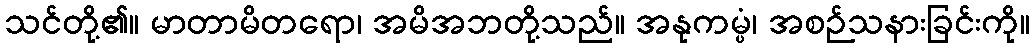
သင်တို့၏။ မာတာမိတရော၊ အမိအဘတို့သည်။ အနုကမ္ပံ၊ အစဉ်သနားခြင်းကို။